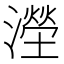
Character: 𣿩